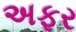
અફર